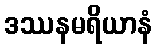
ဒဿနမရိယာနံ